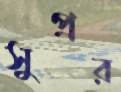
সুপ্রর